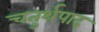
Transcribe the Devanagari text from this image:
चतुर्थपाद